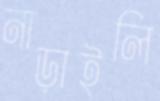
নাড়াইলি